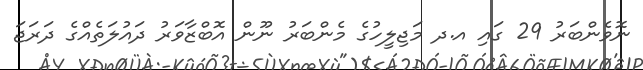
ނޮވެންބަރު 29 ގައި އ.ދ މަޖިލީހުގެ މެންބަރު ނޫން އޮބްޒާވަރު ދައުލަތެއްގެ ދަރަޖަ